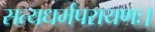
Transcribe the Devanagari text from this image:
सत्यधर्मपरायणः।